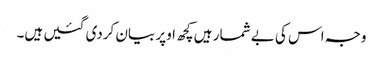
وجہ اس کی بے شمار ہیں کچھ اوپر بیان کردی گئیں ہیں۔